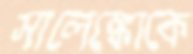
সালেঙ্কোকে